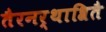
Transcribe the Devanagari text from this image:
तैरनर्थाश्रितै